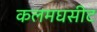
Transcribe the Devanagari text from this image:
कलमघसीट